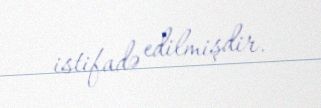
istifadə edilmişdir.